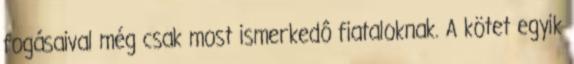
fogásaival még csak most ismerkedô fiataloknak. A kötet egyik